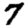
Digit: 7